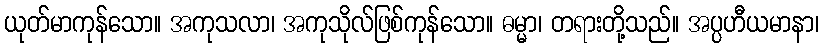
ယုတ်မာကုန်သော။ အကုသလာ၊ အကုသိုလ်ဖြစ်ကုန်သော။ ဓမ္မာ၊ တရားတို့သည်။ အပ္ပဟီယမာနာ၊